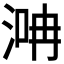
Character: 𣶞